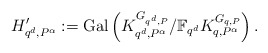
\begin{align*}H'_{q^d,P^\alpha}:=\mathrm{Gal}\left(K_{q^d,P^\alpha}^{G_{q^d,P}}/\mathbb{F}_{q^d}K_{q,P^\alpha}^{G_{q,P}}\right).\end{align*}